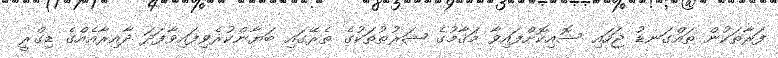
ފަރާތަކުން ތައްގަނޑު ޖަހައި ސޮއިކޮށްފައިވާ މަޤާމުގެ ޝަރުޠުތަކުގެ ތެރޭގައި ބަޔާންކުރެވިފައިވާފަދަ ދާއިރާއެއްގެ ޑިގްރީ